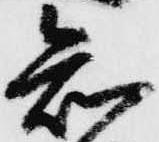
知